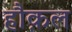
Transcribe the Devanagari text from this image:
हौक़ल